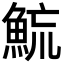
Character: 𩶶